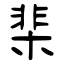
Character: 棐